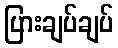
ပြားချပ်ချပ်